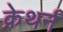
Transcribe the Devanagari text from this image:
क्रेथर्न